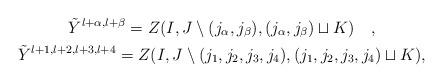
LaTeX: \begin{gather*}\tilde{Y}^{l+\alpha,l+\beta} =Z(I, J \setminus ( j_\alpha, j_\beta ), ( j_\alpha, j_\beta ) \sqcup K)\quad,\\\tilde{Y}^{l+1,l+2,l+3,l+4} =Z(I, J \setminus ( j_1, j_2, j_3, j_4 ), ( j_1, j_2, j_3, j_4 ) \sqcup K),\end{gather*}